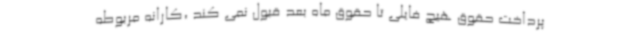
پرداخت حقوق هیچ فایلی تا حقوق ماه بعد قبول نمی کند ،کارانه مربوطه